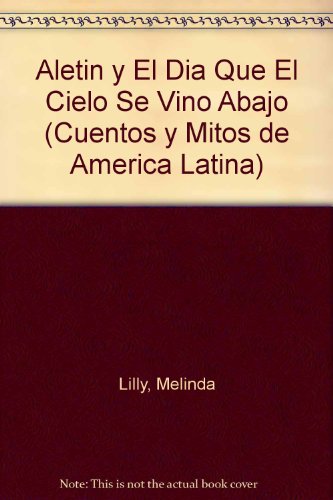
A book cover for Aletin y El Dia Que El Cielo Se Vino Abajo (Cuentos y Mitos de America Latina) (Spanish Edition); Melinda Lilly; Children's Books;